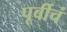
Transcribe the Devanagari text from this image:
पूर्वीचं